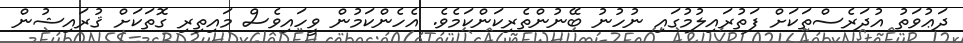
ދަޢުވަތު އުދަރެސްތަކަށް ފަތުރައިލުމުގައި ނުހުނު ބޭނުންތެރިކަންކަމެވެ. އެހެންކަމުން ވީހައިވެސް މައިތިރި ގޮތަކަށް ޤުރައިޝުން